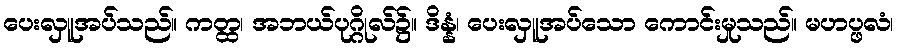
ပေးလှူအပ်သည်။ ကတ္ထ၊ အဘယ်ပုဂ္ဂိုလ်၌။ ဒိန္နံ၊ ပေးလှူအပ်သော ကောင်းမှုသည်။ မဟပ္ဖလံ၊